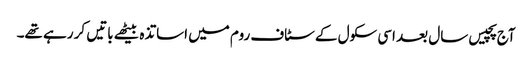
آج پچیس سال بعد اسی سکول کے سٹاف روم میں اساتذہ بیٹھے باتیں کر رہے تھے۔